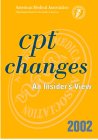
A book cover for CPT Changes 2002: An Insider's View; Medical Books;